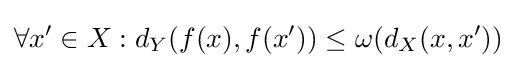
\forall x'\in X:d_{Y}(f(x),f(x'))\leq \omega (d_{X}(x,x'))